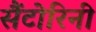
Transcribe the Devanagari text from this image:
सैंटोरिनी